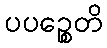
ပပဉ္စေတိ